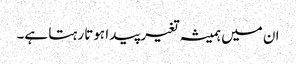
ان میں ہمیشہ تغیر پیدا ہوتا رہتا ہے۔